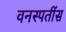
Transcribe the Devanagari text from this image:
वनस्पतींस